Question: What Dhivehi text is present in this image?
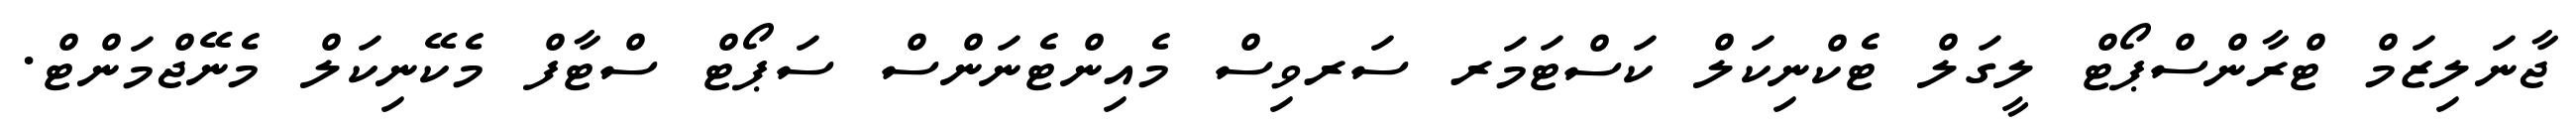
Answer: ޖާނަލިޒަމް ޓްރާންސްޕޯޓް ލީގަލް ޓެކްނިކަލް ކަސްޓަމަރ ސަރވިސް މެއިންޓެނަންސް ސަޕޯޓް ސްޓާފް މެކޭނިކަލް މެނޭޖްމަންޓް.